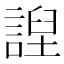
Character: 䛼